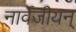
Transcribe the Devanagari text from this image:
नार्वेजीयन्